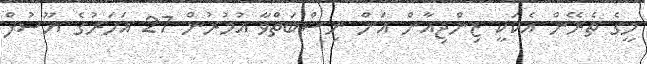
މީގެ ތެރޭން އެކަކީ ޒިންޖިއާން އަށް ނިސްބަތްވާ އުމުރުން 27 އަހަރުގެ ޔޫސުފް